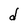
Character: d